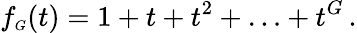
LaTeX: f_{\scriptscriptstyle G}(t)=1+t+t^{2}+\ldots+t^{G}\, .